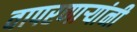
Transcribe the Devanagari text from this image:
वापरणार्‍यांनी